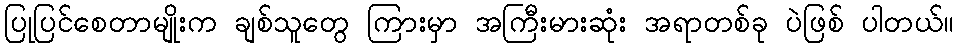
ပြုပြင်စေတာမျိုးက ချစ်သူတွေ ကြားမှာ အကြီးမားဆုံး အရာတစ်ခု ပဲဖြစ် ပါတယ်။